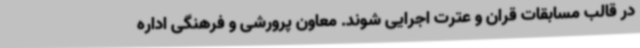
در قالب مسابقات قران و عترت اجرایی شوند. معاون پرورشی و فرهنگی اداره